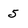
Character: 5